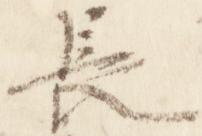
長